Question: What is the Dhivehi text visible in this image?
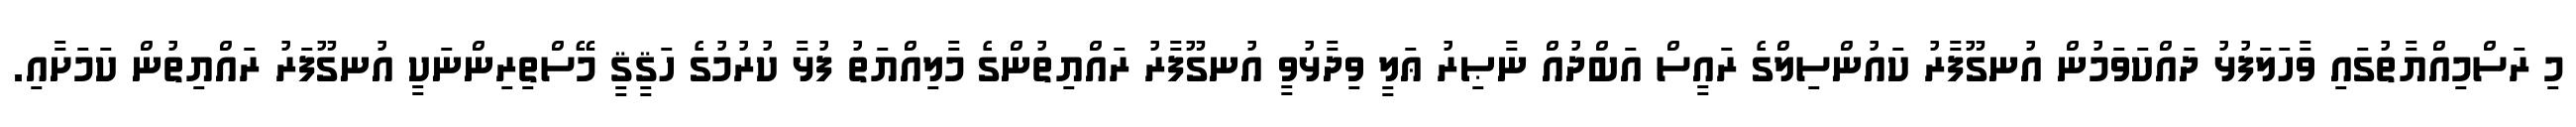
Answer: މި ރަސްމިއްޔާތުގައި ވާހަލަފުޅު ދައްކަވަމުން އުނގޫފާރު ކައުންސިލްގެ ރައީސް އަބްދުއް ނާޞިރު ޢަލީ ވިދާޅުވީ އުނގޫފާރު ރައްޔިތުންގެ މާލިއްޔަތު ފުޅާ ކުރުމުގެ ހަޤީޤީ މޭސްތިރިންނަކީ އުނގޫފަރު ރައްޔިތުން ކަމަށާއި.